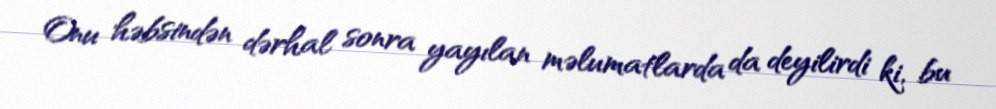
Onu həbsindən dərhal sonra yayılan məlumatlarda da deyilirdi ki, bu